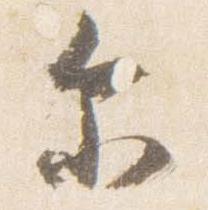
示